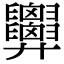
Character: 𢍹